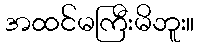
အထင်မကြီးမိဘူး။